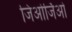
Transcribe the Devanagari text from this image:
जिओर्जिओ